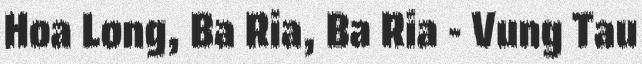
Hoa Long, Ba Ria, Ba Ria - Vung Tau